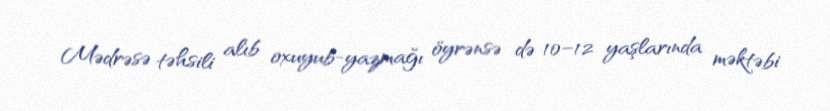
Mədrəsə təhsili alıb oxuyub-yazmağı öyrənsə də 10–12 yaşlarında məktəbi